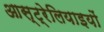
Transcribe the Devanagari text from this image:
आस्ट्रेलियाइयों